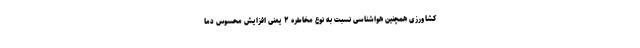
کشاورزی همچنین هواشناسی نسبت به نوع مخاطره ۲ یعنی افزایش محسوس دما